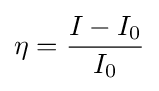
\eta ={{I-I_{0}} \over I_{0}}